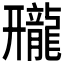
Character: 𱌿